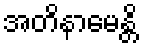
အတိနာမေန္တိ